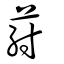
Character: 葤